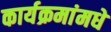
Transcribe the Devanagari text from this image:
कार्यक्रमांमधे